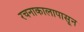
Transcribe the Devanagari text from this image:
रचनाकालापासून